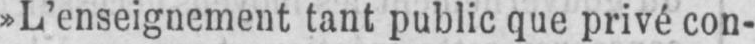
»L’enseignement tant public que privé con-